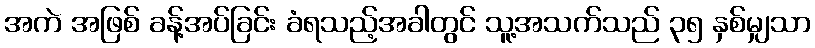
အကဲ အဖြစ် ခန့်အပ်ခြင်း ခံရသည့်အခါတွင် သူ့အသက်သည် ၃၅ နှစ်မျှသာ